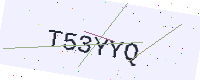
Text: T53YYQ